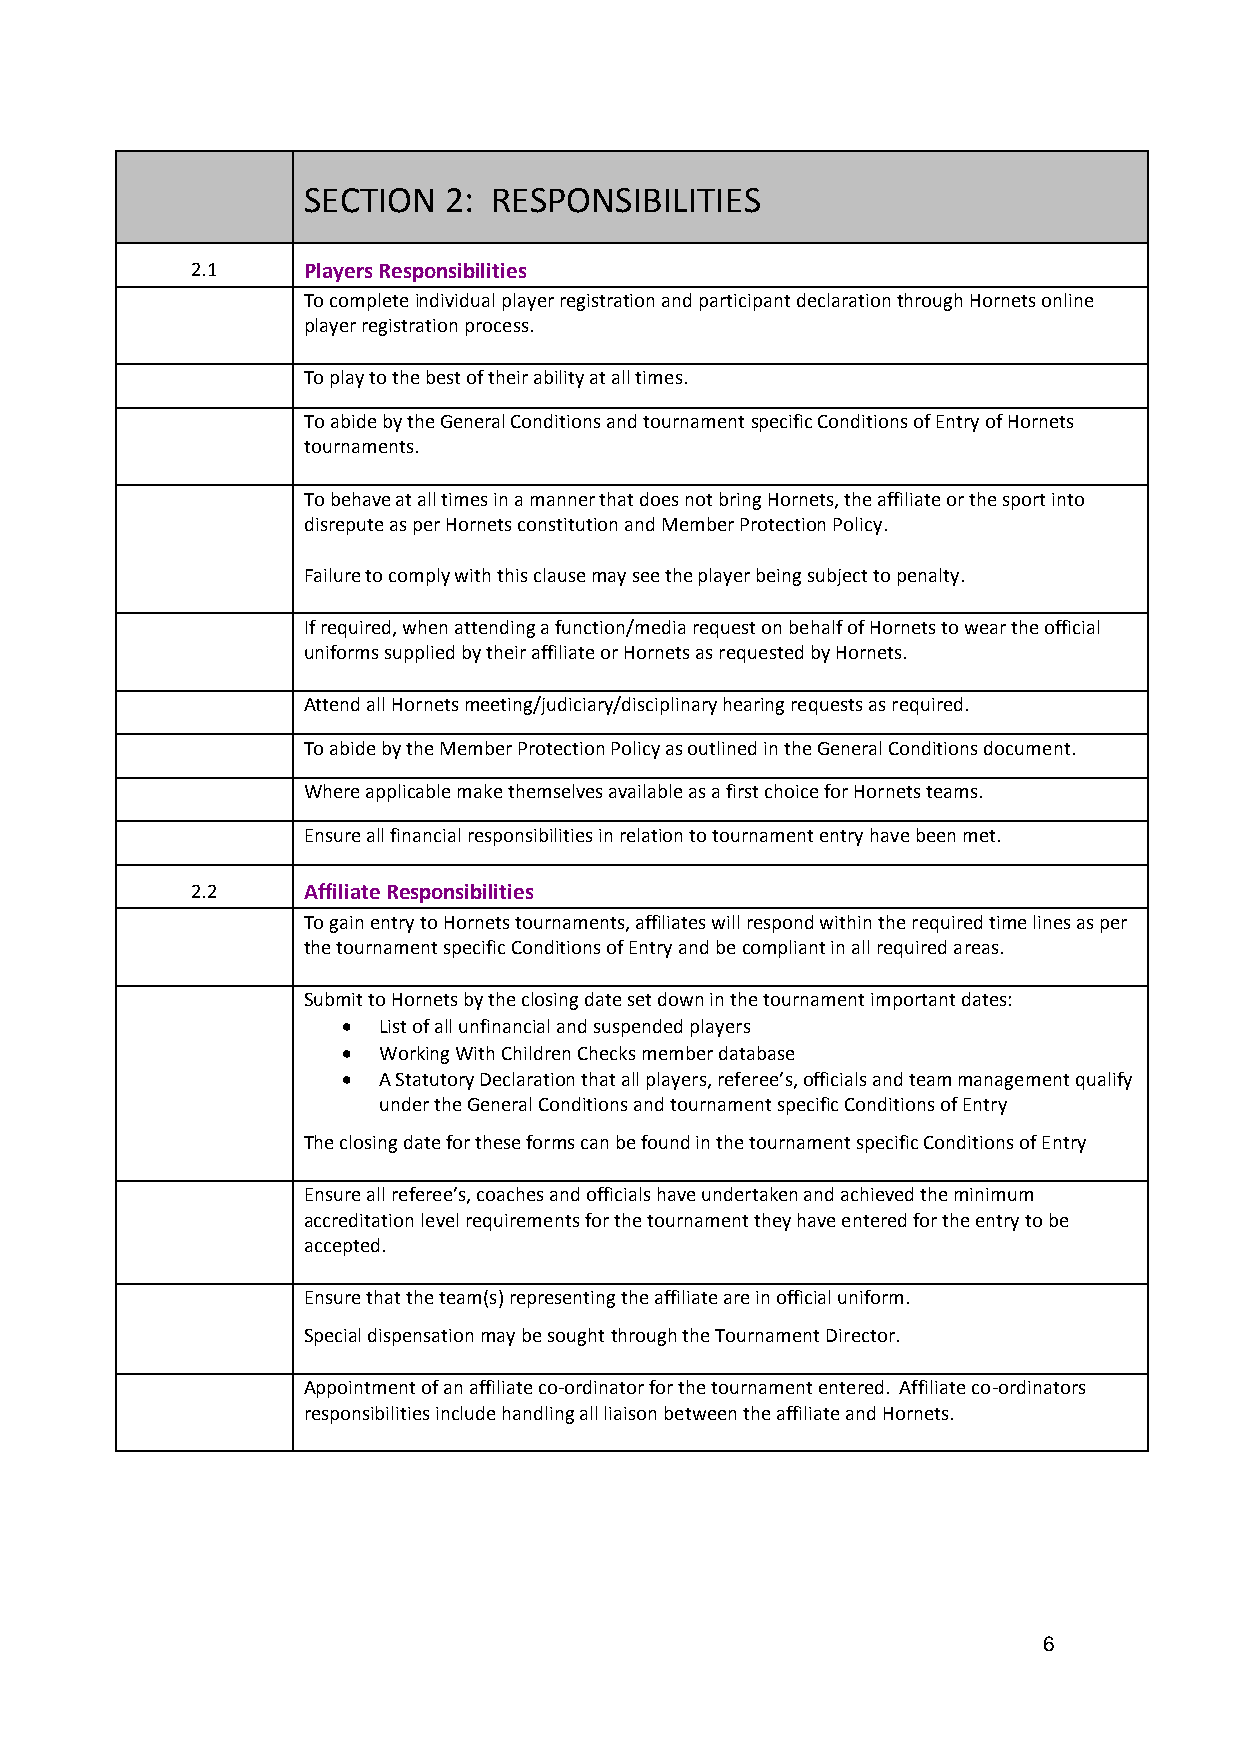
SECTION  2: RESPONSIBILITIES
 2.1    Players Responsibilities
 To complete individual player registration and participant declaration through Hornets online
 player registration process.
 To play to the best of their ability at all times.
 To abide by the General Conditions and tournament specific Conditions of Entry of Hornets
 tournaments.
 To behave at all times in a manner that does not bring Hornets, the affiliate or the sport into
 disrepute as per Hornets constitution and Member Protection Policy.
 Failure to comply with this clause may see the player being subject to penalty.
 If required, when attending a function/media request on behalf of Hornets to wear the official
 uniforms supplied by their affiliate or Hornets as requested by Hornets.
 Attend all Hornets meeting/judiciary/disciplinary hearing requests as required.
 To abide by the Member Protection Policy as outlined in the General Conditions document.
 Where applicable make themselves available as a first choice for Hornets teams.
 Ensure all financial responsibilities in relation to tournament entry have been met.
 2.2    Affiliate Responsibilities
 To gain entry to Hornets tournaments, affiliates will respond within the required time lines as per
 the tournament specific Conditions of Entry and be compliant in all required areas.
 Submit to Hornets by the closing date set down in the tournament important dates:
  List of all unfinancial and suspended players
  Working With Children Checks member database
  A Statutory Declaration that all players, referee’s, officials and team management qualify
 under the General Conditions and tournament specific Conditions of Entry
 The closing date for these forms can be found in the tournament specific Conditions of Entry
 Ensure all referee’s, coaches and officials have undertaken and achieved the minimum
 accreditation level requirements for the tournament they have entered for the entry to be
 accepted.
 Ensure that the team(s) representing the affiliate are in official uniform.
 Special dispensation may be sought through the Tournament Director.
 Appointment of an affiliate co-ordinator for the tournament entered. Affiliate co-ordinators
 responsibilities include handling all liaison between the affiliate and Hornets.
 6